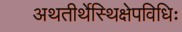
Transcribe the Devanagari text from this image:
अथतीर्थेस्थिक्षेपविधिः